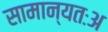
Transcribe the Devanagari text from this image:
सामान्यतःअ